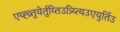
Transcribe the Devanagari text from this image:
एय्ह्व्र्तुयेर्तुय्तिउत्र्य्त्यिउएयुर्तिउ